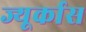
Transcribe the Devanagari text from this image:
ज्यूर्कास